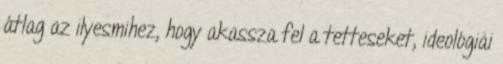
átlag az ilyesmihez, hogy akassza fel a tetteseket, ideológiai